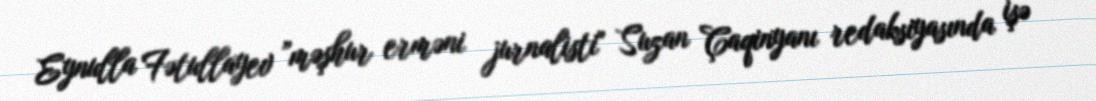
Eynulla Fətullayev ”məşhur erməni jurnalisti" Suzan Çaqinyanı redaksiyasında işə